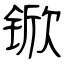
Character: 锨